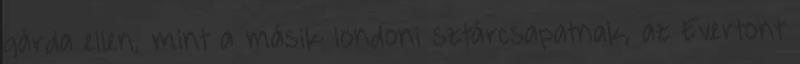
gárda ellen, mint a másik londoni sztárcsapatnak, az Evertont